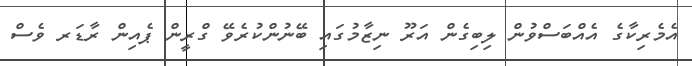
އެމެރިކާގެ އެއްބަސްވުން ލިބިގެން އަރޫ ނިޒާމުގައި ބޭނުންކުރެވޭ ގްރީން ޕެއިން ރާޑަރ ވެސް